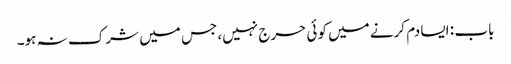
باب : ایسا دم کرنے میں کوئی حرج نہیں، جس میں شرک نہ ہو۔